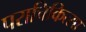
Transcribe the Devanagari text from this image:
पराचिकित्सा